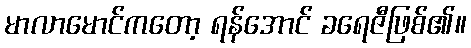
မာလာမောင်ကတော့ ရန်အောင် ခရေဇီဖြစ်၏။